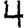
Digit: 4